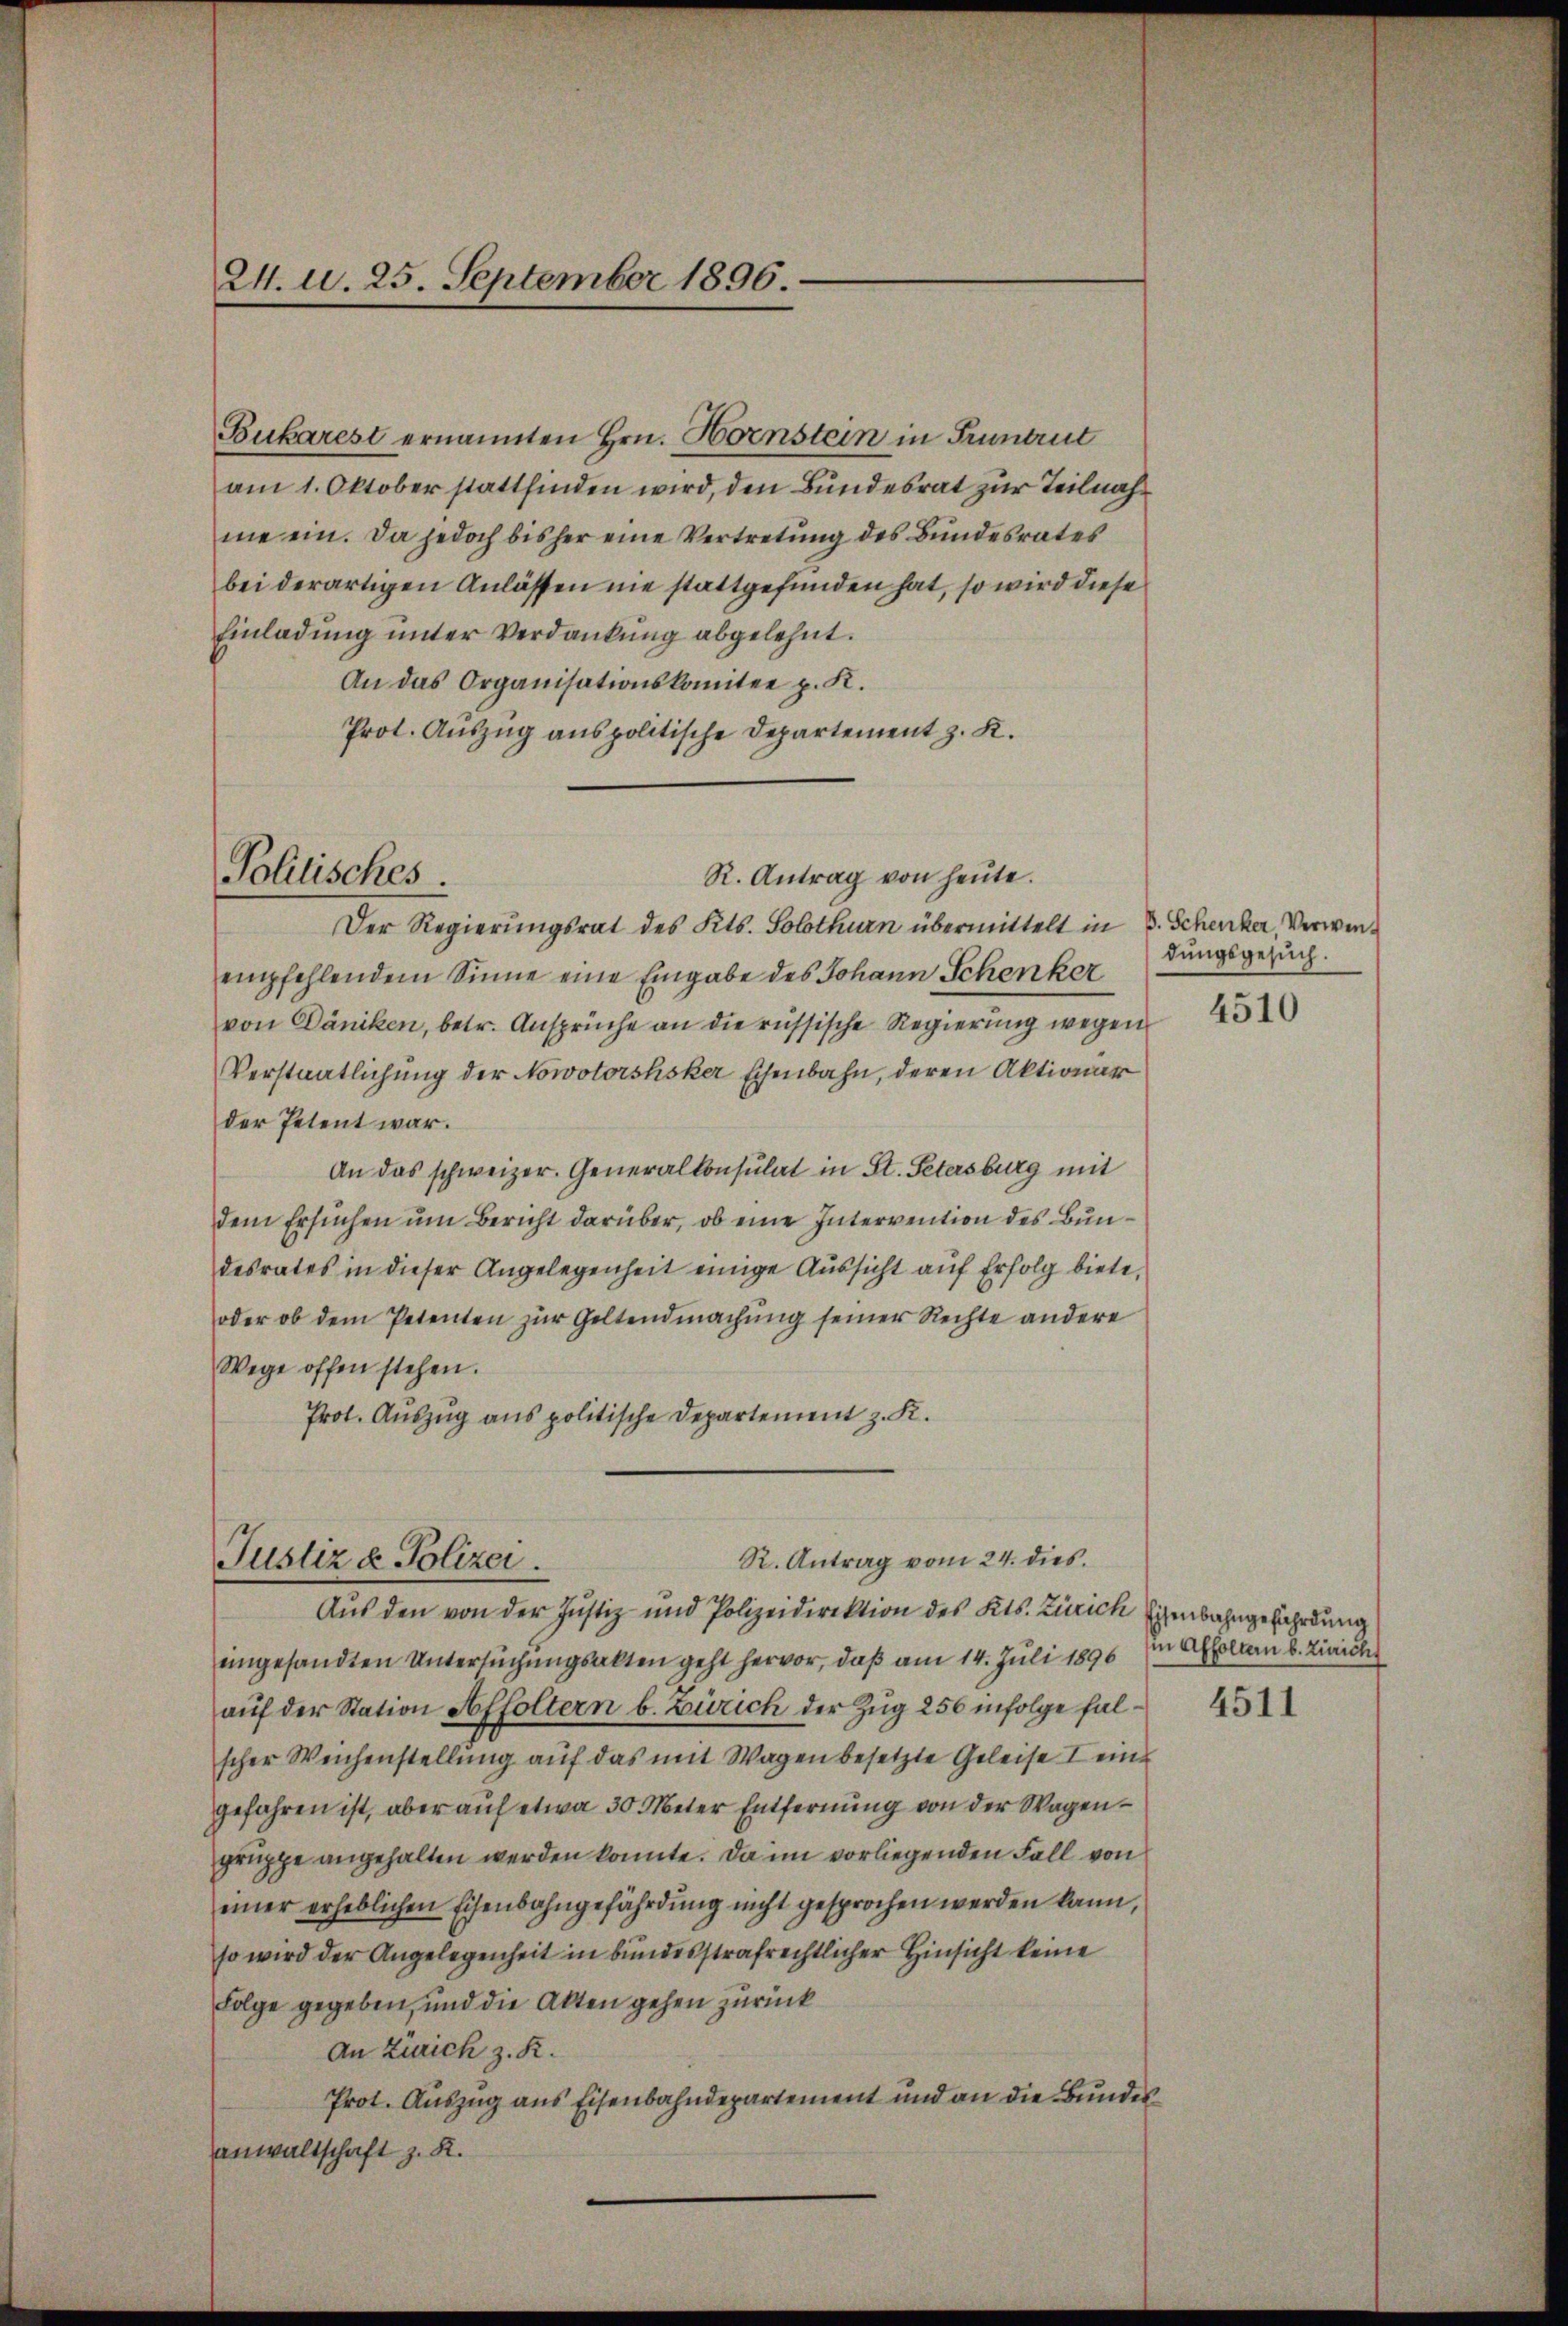
24. d. 25. September 1896.

Bukarest ernannten Hrn. Hornstein in Truntrut
am 1. Oktober stattfinden wird, den Bundesrat zur Teilnahme ein. Da jedoch bisher eine Vertretung des Bundesrates
bei derartigen Anlassen nie stattgefunden hat, so wird diese
Einladung unter Verdankung abgelehnt.
An das Organisationskomitee p. K.
Prot. Auszug aus politische Departement z. K.
R. Antrag von heute.
Der Regierungsrat des Kts. Solothurn übermittelt in B. Schenker, Verwenempfehlendem Sinne eine Eingabe des Johann Schenker
von Däniken, betr. Ansprüche an die russische Regierung wegen
Verstaatlichung der Nowotorshsker Eisenbahn, deren Aktionar
der Petent war.
An das schweizer. Generalkonsulat in St. Petersburg mit
dem Ersuchen um Bericht darüber, ob eine Intervention des Bundesrates in dieser Angelegenheit einige Aussicht auf Erfolg biete,
oder ob dem Petenten zŭr Geltendmachung seiner Rechte andere
Wege offen stehen.
Prot. Auszug aus politische Departement z. K.
R. Antrag vom 24. dies
Justiz & Polizei
Aus den von der Justiz und Polizeidirektion des Kts. Zürich Eisenbahngefährdung
eingesandten Untersuchungsakten geht hervor, daß am 14. Juli 1890 in Affolten b. Zinich
auf der Station Affoltern b. Zürich der Zug 250 infolge falscher Weichenstellŭng aŭf das mit Wagen besetzte Geleise I ein
gefahren ist, aber auf etwa 30 Meter Entfernung von der Wagengruppe angehalten werden konnte. Da im vorliegenden Fall von
einer erheblichen Eisenbahngefährdung nicht gesprochen werden kann,
so wird der Angelegenheit in bundesstrafrechtlicher Hinsicht keine
Folge gegeben, und die Akten gehen zurück
An Zürich z. R.
Prot. Auszug aus Eisenbahndepartement und an die Bundesanwaltschaft z. R.

Politisches.

dungsgesuch.

4510

4511